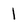
Character: l